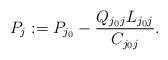
LaTeX: \begin{align*} P_j := P_{j_0} - \frac{Q_{j_0 j} L_{j_0 j}}{C_{j_0 j}}.\end{align*}